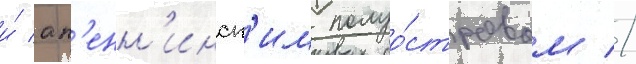
и́ ап'енн'инск'им полуо́стровом //